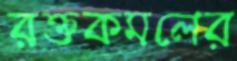
রক্তকমলের